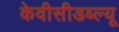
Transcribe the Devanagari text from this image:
केवीसीडब्ल्यू